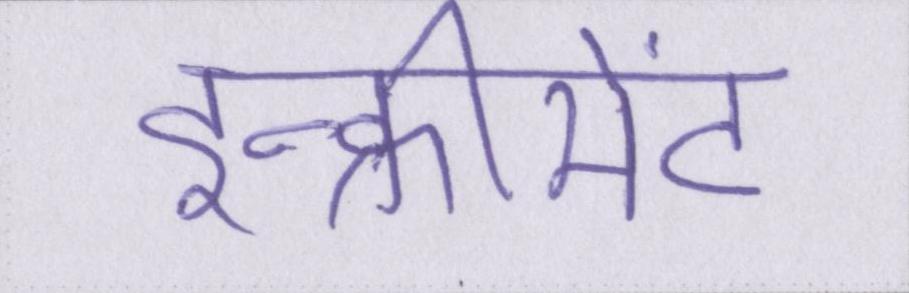
इन्क्रीमेंट